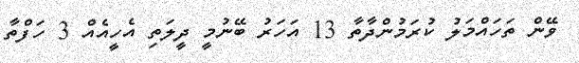
ވޭން ތަހައްމަލު ކުރަމުންދާތާ 13 އަހަރު ބޭނުމީ ދީލަތި އެހީއެއް 3 ހަފްތާ